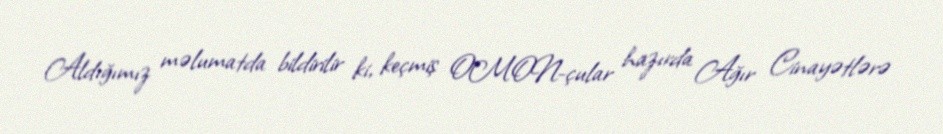
Aldığımız məlumatda bildirilir ki, keçmiş OMON-çular hazırda Ağır Cinayətlərə